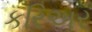
કરિઅર